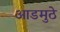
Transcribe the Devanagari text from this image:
आडमुठे